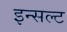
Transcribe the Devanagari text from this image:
इन्सल्ट